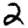
Digit: 2